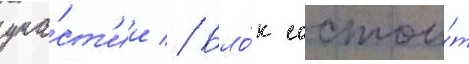
уча́ст'ии // Бло́к состои́т